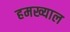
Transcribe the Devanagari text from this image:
हमख्याल